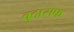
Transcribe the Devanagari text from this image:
बुदासफ